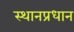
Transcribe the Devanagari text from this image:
स्थानप्रधान